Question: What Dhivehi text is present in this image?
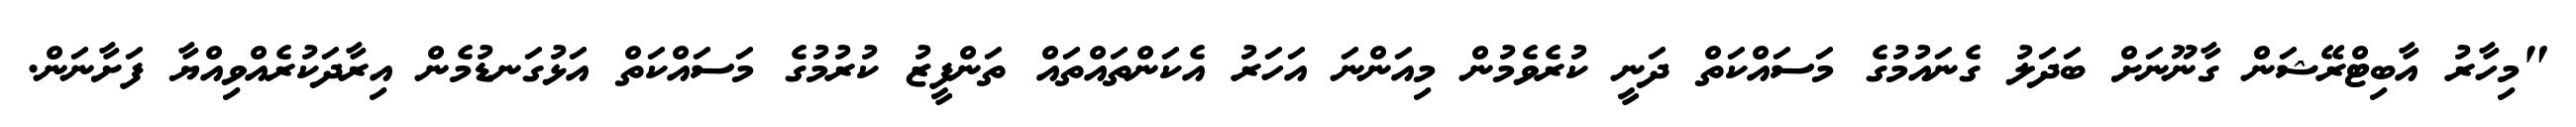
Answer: "މިހާރު އާބިޓްރޭޝަން ގާނޫނަށް ބަދަލު ގެނައުމުގެ މަސައްކަތް ދަނީ ކުރެވެމުން މިއަންނަ އަހަރު އެކަންތައްތައް ތަންފީޒު ކުރުމުގެ މަސައްކަތް އަޅުގަނޑުމެން އިރާދަކުރެއްވިއްޔާ ފަށާނަން.